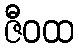
ဇီဝထ